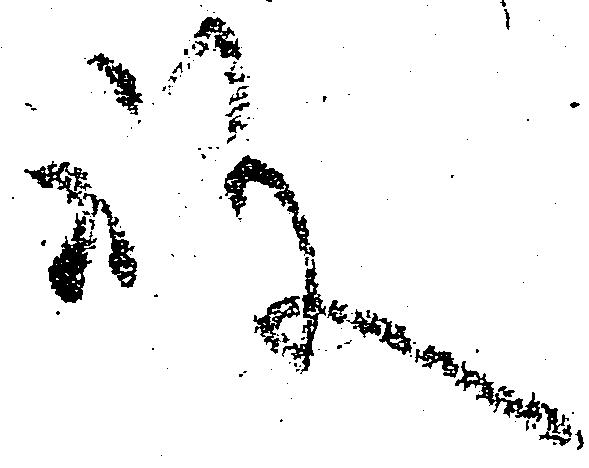
殿